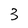
Character: 3